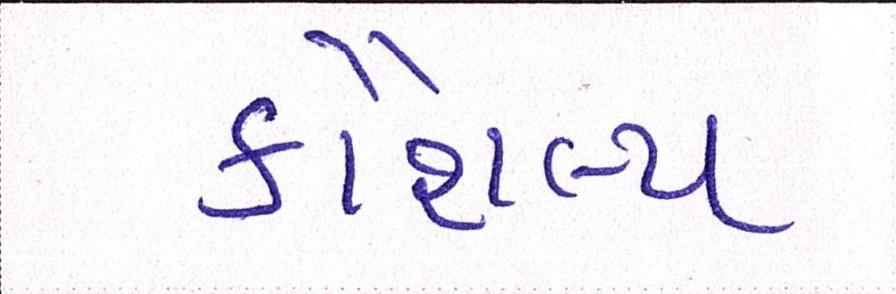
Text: કૌશલ્ય